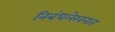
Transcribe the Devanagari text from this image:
निबंधलेखनात